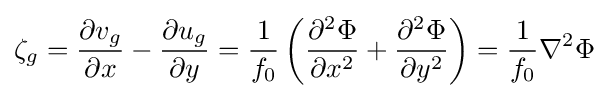
{\zeta _{g}}={{\partial v_{g} \over \partial x}-{\partial u_{g} \over \partial y}={1 \over f_{0}}\left({{\partial ^{2}\Phi  \over \partial x^{2}}+{\partial ^{2}\Phi  \over \partial y^{2}}}\right)={1 \over f_{0}}{\nabla ^{2}\Phi }}